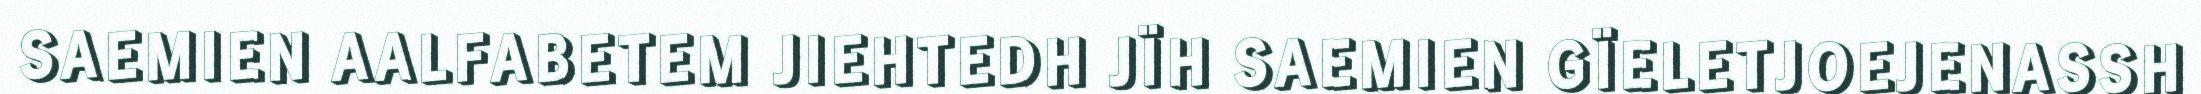
SAEMIEN AALFABETEM JIEHTEDH JÏH SAEMIEN GÏELETJOEJENASSH